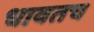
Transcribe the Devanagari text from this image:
धावतच